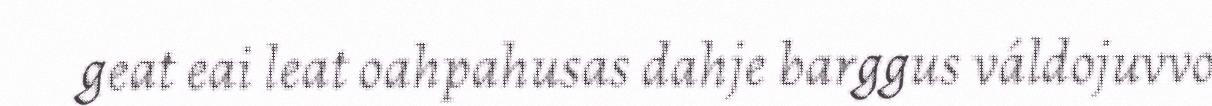
geat eai leat oahpahusas dahje barggus váldojuvvo